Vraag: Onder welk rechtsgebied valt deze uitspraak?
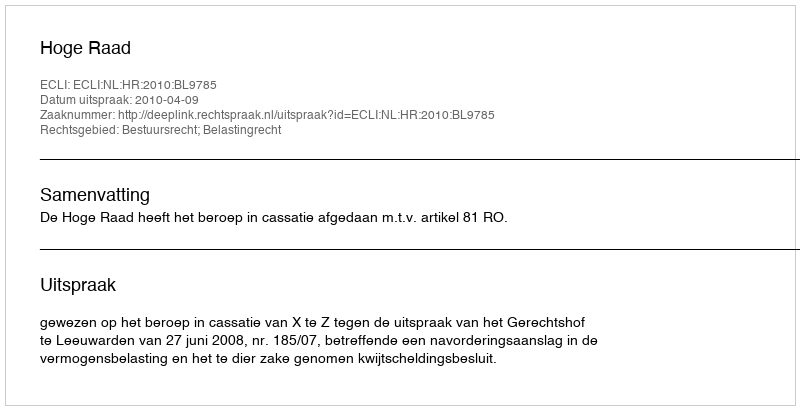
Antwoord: Bestuursrecht; Belastingrecht